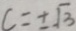
c = \pm \sqrt { 3 }